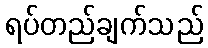
ရပ်တည်ချက်သည်